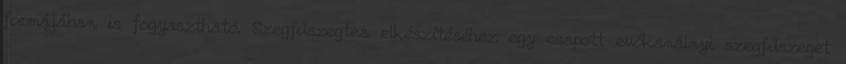
formájában is fogyasztható. Szegfűszegtea elkészítéséhez egy csapott evőkanálnyi szegfűszeget